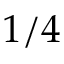
1 / 4